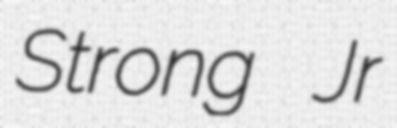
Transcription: Strong Jr